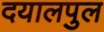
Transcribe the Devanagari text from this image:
दयालपुल